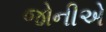
જોનીએ